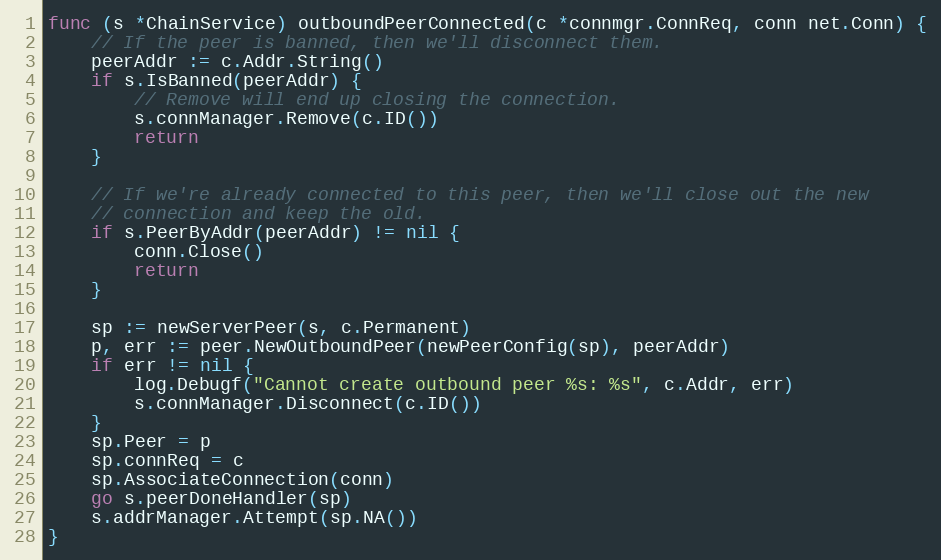
Language: Go
func (s *ChainService) outboundPeerConnected(c *connmgr.ConnReq, conn net.Conn) {
	// If the peer is banned, then we'll disconnect them.
	peerAddr := c.Addr.String()
	if s.IsBanned(peerAddr) {
		// Remove will end up closing the connection.
		s.connManager.Remove(c.ID())
		return
	}

	// If we're already connected to this peer, then we'll close out the new
	// connection and keep the old.
	if s.PeerByAddr(peerAddr) != nil {
		conn.Close()
		return
	}

	sp := newServerPeer(s, c.Permanent)
	p, err := peer.NewOutboundPeer(newPeerConfig(sp), peerAddr)
	if err != nil {
		log.Debugf("Cannot create outbound peer %s: %s", c.Addr, err)
		s.connManager.Disconnect(c.ID())
	}
	sp.Peer = p
	sp.connReq = c
	sp.AssociateConnection(conn)
	go s.peerDoneHandler(sp)
	s.addrManager.Attempt(sp.NA())
}